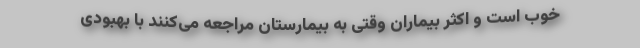
خوب است و اکثر بیماران وقتی به بیمارستان مراجعه می‌کنند با بهبودی